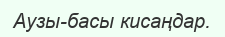
Аузы-басы кисаңдар.